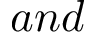
a n d